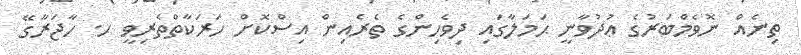
ތިނެއް ނޮވެމްބަރުގެ ޢުދުވާނީ ޙަމަލާގައި ދިވެހިންގެ ތެރެއިން އިސްކޮށް ހަރަކާތްތެރިވީ ހ. ހާޖަރާގޭ